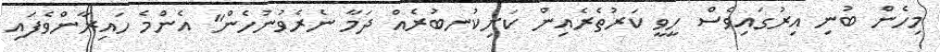
މިހެން ބުނި އިރުގައިވެސް ހީވީ ކަރުތެރެއިން ކަށިކުނބުރެއް ދަމާ ނެރެވުނުހެން" އެންމެ ހައިރާންވެފައި